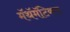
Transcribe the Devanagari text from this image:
मॅथॅमॅटिकल